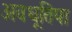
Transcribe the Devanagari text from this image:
अवधूतिपा